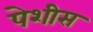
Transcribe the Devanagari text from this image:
पेशीस